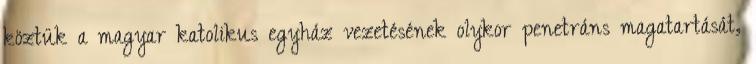
köztük a magyar katolikus egyház vezetésének olykor penetráns magatartását,